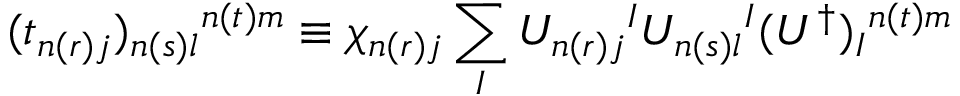
( t _ { n ( r ) j } ) _ { n ( s ) l } { } ^ { n ( t ) m } \equiv \chi _ { n ( r ) j } \sum _ { I } U _ { n ( r ) j } { } ^ { I } U _ { n ( s ) l } { } ^ { I } ( U ^ { \dagger } ) _ { I } { } ^ { n ( t ) m }